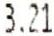
3.21